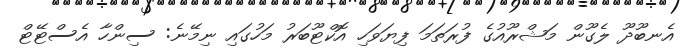
އެނބޫދޫ ލެގޫން މަޝްރޫއުގެ ފުރަތަމަ ފިޔަވަހި އޮކްޓޫބަރު މަހުގައި ނިމޭނެ: ސިންހާ އެސްޓޭޓް